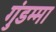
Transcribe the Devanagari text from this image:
गुंडम्मा